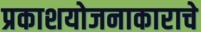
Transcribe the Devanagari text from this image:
प्रकाशयोजनाकाराचे